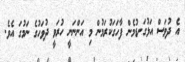
އެ ދުވަސް އަޅުގަނޑުމެން ފާހަގަކުރަމުން މި އަންނަނީ ހުރަވީ ދުވަހުގެ ނަމުގަ އެވެ.